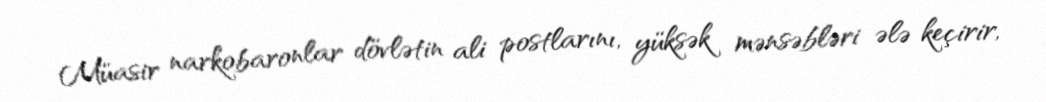
Müasir narkobaronlar dövlətin ali postlarını, yüksək mənsəbləri ələ keçirir,